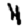
Digit: 4